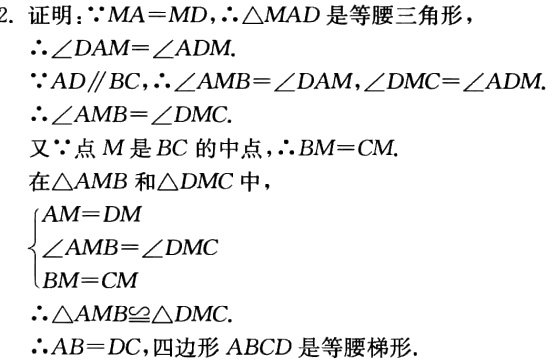
2. 证明：

因为\(MA = MD\)，所以\(\triangle MAD\)是等腰三角形，

所以\(\angle DAM=\angle ADM\).

因为\(AD\parallel BC\)，所以\(\angle AMB = \angle DAM\)，\(\angle DMC=\angle ADM\).

所以\(\angle AMB=\angle DMC\).

又因为点\(M\)是\(BC\)的中点，所以\(BM = CM\).

在\(\triangle AMB\)和\(\triangle DMC\)中，

\(\begin{cases}

AM = DM\\

\angle AMB=\angle DMC\\

BM = CM

\end{cases}\)

所以\(\triangle AMB\cong\triangle DMC\).

所以\(AB = DC\)，四边形\(ABCD\)是等腰梯形.